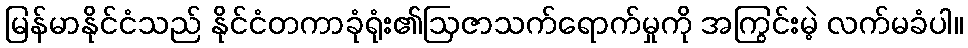
မြန်မာနိုင်ငံသည် နိုင်ငံတကာခုံရုံး၏ဩဇာသက်ရောက်မှုကို အကြွင်းမဲ့ လက်မခံပါ။